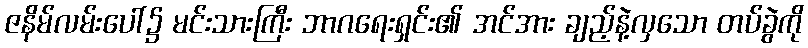
ဇနိမ်လမ်းပေါ်၌ မင်းသားကြီး ဘာဂရေးရှင်း၏ အင်အား ချည့်နဲ့လှသော တပ်ခွဲကို